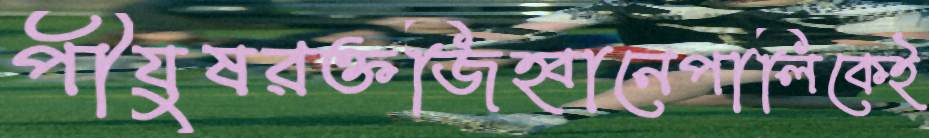
পীযুষরক্তজিহ্বানেপালিকেই